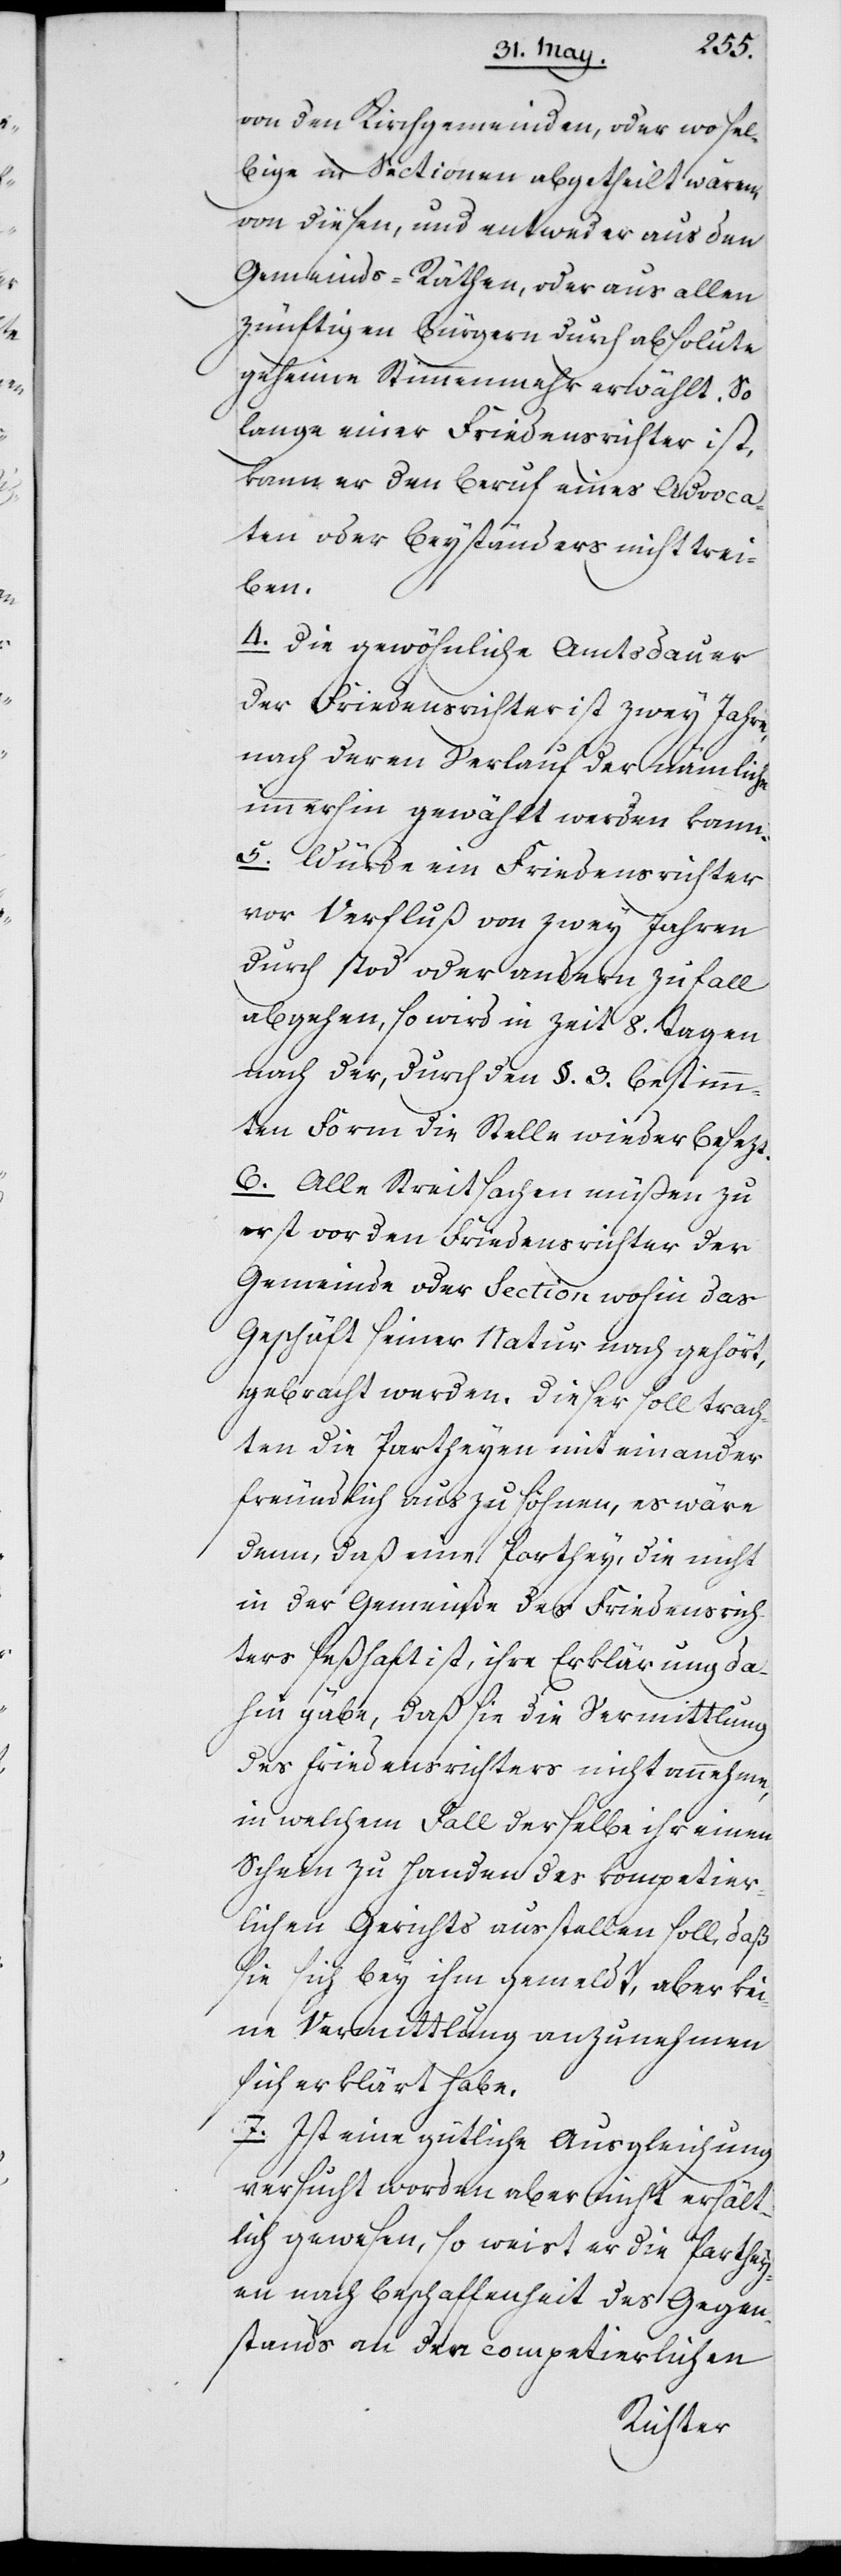
von den Kirchgemeinden, oder wo sel¬
bige in Sectionen abgetheilt wären,
von diesen, und entweder aus den
Gemeinds-Räthen, oder aus allen
zünftigen Bürgern durch [das] absolute
geheime Stimmenmehr erwählt. So
lange einer Friedensrichter ist,
kann er den Beruf eines Advoca¬
ten oder Beyständers nicht trei¬
ben.
4. Die gewöhnliche Amtsdauer
der Friedensrichter ist zwey Jahre,
nach deren Verlauf der nämliche
immerhin gewählt werden kann.
5. Würde ein Friedensrichter
vor Verfluß von zwey Jahren
durch Tod oder andern Zufall
abgehen, so wird in Zeit 8. Tagen
nach der, durch den §. 3. bestimm¬
ten Form die Stelle wieder besezt.
6. Alle Streitsachen müßen zu¬
erst vor den Friedensrichter der
Gemeinde oder Section wohin das
Geschäft seiner Natur nach gehört,
gebracht werden. Dieser soll trach¬
ten die Partheyen miteinander
freundlich auszusöhnen, es wäre
denn, daß eine Parthey, die nicht
in der Gemeinde des Friedensrich¬
ters seßhaft ist, ihre Erklärung da¬
hin gäbe, daß sie die Vermittlung
des Friedensrichters nicht annehme,
in welchem Fall derselbe ihr einen
Schein zu Handen des kompetier¬
lichen Gerichts ausstellen soll, daß
sie sich bey ihm gemeldt, aber kei¬
ne Vermittlung anzunehmen
sich erklärt habe.
7. Ist eine gütliche Ausgleichung
versucht worden aber nicht erhält¬
lich gewesen, so weist er die Parthey¬
en nach Beschaffenheit des Gegen¬
stands an den competierlichen